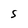
Character: S